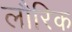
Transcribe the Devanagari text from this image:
लौरिक